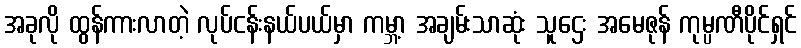
အခုလို ထွန်ကားလာတဲ့ လုပ်ငန်းနယ်ပယ်မှာ ကမ္ဘာ့ အချမ်းသာဆုံး သူဌေး အမေဇုန် ကုမ္ပဏီပိုင်ရှင်